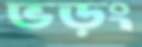
ভড়ং